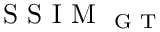
\mathrm { ~ S ~ S ~ I ~ M ~ } _ { \mathrm { ~ G ~ T ~ } }